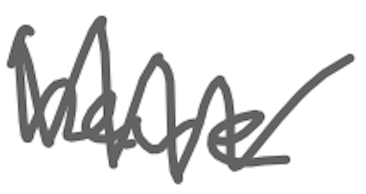
Text: have
Cross-out: zig-zag
Writing tool: digital_gray